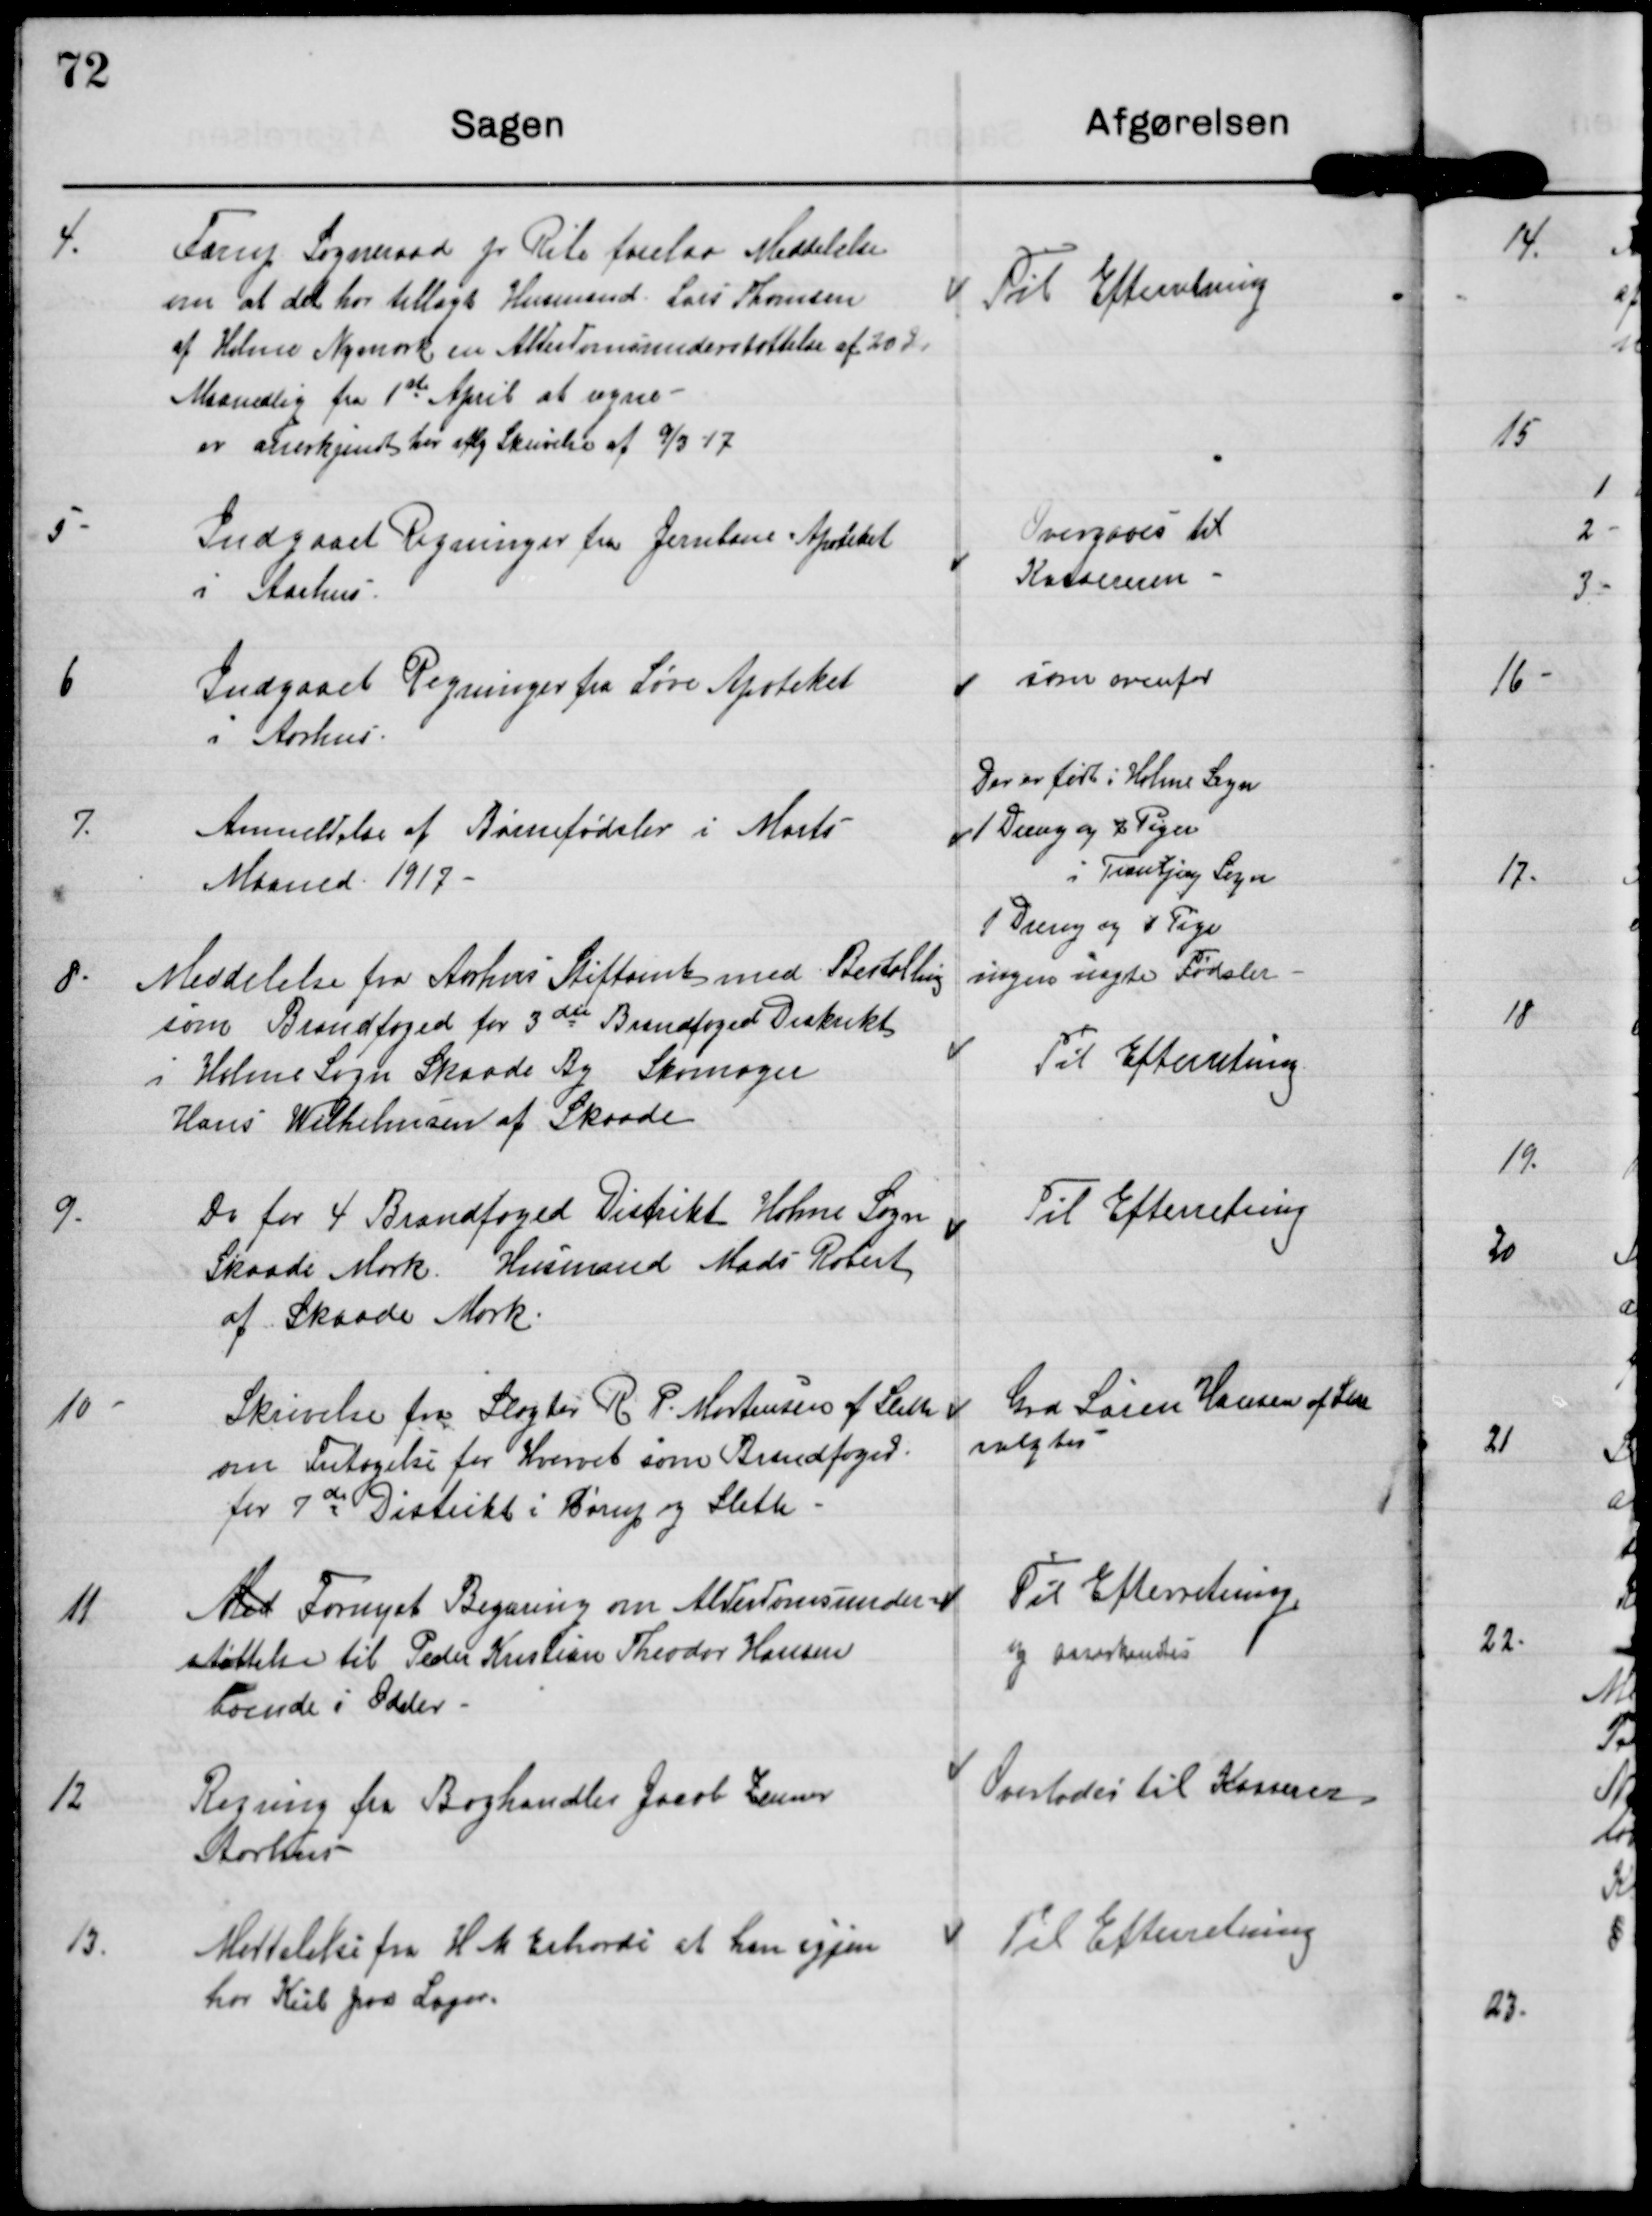
Transskription:
4. Farup Sogneraad pr Ribe forelaa Meddelelse
om at det har tillagt Husmand Lau Thomsen
af Holme Nymark en Alderdomsunderstøttelse af 30 Kr
Maanedlig fra 1st April at regne
er anerkjendt her iflg. Skrivelse af 9/3-17

Til Efterretning

5. Indgaaet Regner fra Jernbane Apoteket
i Aarhus.

Overgives til
Kassereren

6 Indgaaet Regninger fra Løve Apoteket
i Aarhus.

som ovenfor

7. Anmeldelse af Børnefødsler i Marts
Maaned 1917.

Der er født i Holme Sogn
1 Dreng og 2 Piger
i Tranbjerg Sogn

1 Dreng og 1 Pige
ingen uægte Fødsler

8. Meddelelse fra Aarhus Stiftamt med Bestalling
som Brandfoged for 3die Brandfoged Distrikt
i Holme Sogn Skaade By Skomager
Hans Wilhelmsen af Skaade

Til Efterretning

9. Do for 4. Brandfoged Distrikt Holme Sogn
Skaade Mark Husmand Mads Robert
af Skaade Mark.

Til Efterretning

10. Skrivelse fra Slager R P Mortensen af Sleth
om Fritagelse for Hvervet som Brandfoged
for 7de Distrikt i Børup og Sleth.

Gdr Søren Hansen af Slet
valgtes

11 Med Fornyet Begæring om Alderdomsunder-
støttelse til Peder Kristian Theodor Hansen
boende i Odder.

Til Efterretning
og anerkendes

12 Regning fra Boghandler Jacob Zeuner
Aarhus

Overlades til Kasserer

13. Meddelelse fra H M Erhardi at han igjen
har Kul paa Lager

Til Efterretning